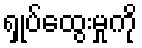
ရှုပ်ထွေးမှုကို